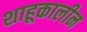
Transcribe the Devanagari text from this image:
शाहूकालीन